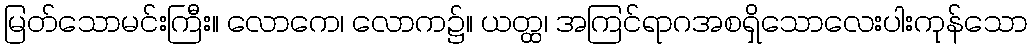
မြတ်သောမင်းကြီး။ လောကေ၊ လောက၌။ ယတ္ထ၊ အကြင်ရာဂအစရှိသောလေးပါးကုန်သော